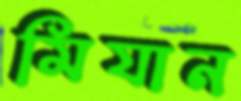
মিযান